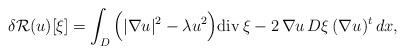
LaTeX: \begin{align*}\delta \mathcal R(u)[\xi]=\int_{D}\Big(|\nabla u|^2-\lambda u^2\Big)\mathrm{div}\,\xi-2\,\nabla u\, D\xi\,(\nabla u)^t\,dx,\end{align*}